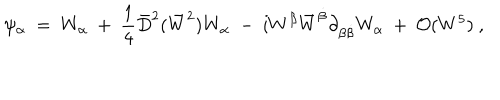
\psi _ { \alpha } \ = \ W _ { \alpha } \ + \ { \frac { 1 } { 4 } } \bar { D } ^ { 2 } ( \bar { W } ^ { 2 } ) W _ { \alpha } \ - \ i W ^ { \beta } \bar { W } ^ { \dot { \beta } } \partial _ { \beta \dot { \beta } } W _ { \alpha } \ + \ { \cal O } ( W ^ { 5 } ) \ ,